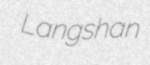
Langshan